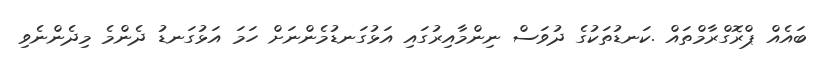
ބައެއް ޕްރޮގްރާމްތައް .ކަނޑުތަކުގެ ދުވަސް ނިންމާއިރުގައި އަޅުގަނޑުމެންނަށް ހަމަ އަޅުގަނޑު ދެންމެ މިދެންނެވި